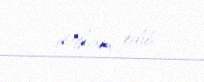
ittiham edib.